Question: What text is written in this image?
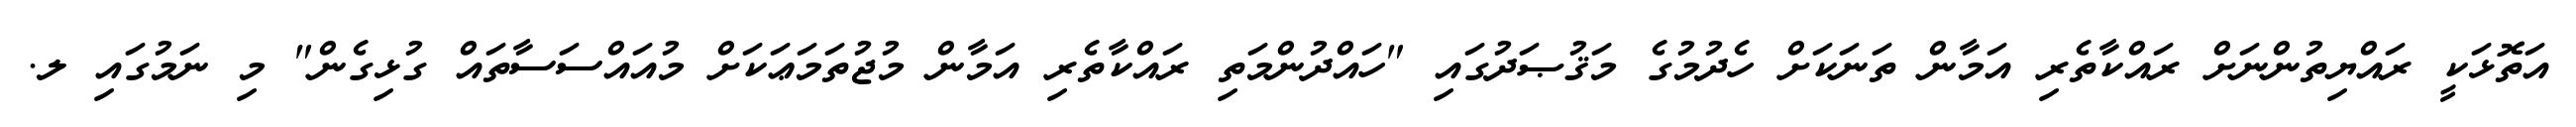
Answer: އަތޮޅަކީ ރައްޔިތުންނަށް ރައްކާތެރި އަމާން ތަނަކަށް ހެދުމުގެ މަޤުޞަދުގައި "ހައްދުންމަތި ރައްކާތެރި އަމާން މުޖުތަމަޢަކަށް މުއައްސަސާތައް ގުޅިގެން" މި ނަމުގައި ލ.